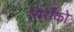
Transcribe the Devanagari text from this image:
सिराँको